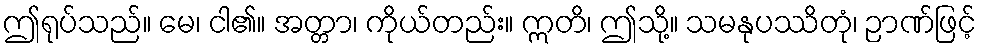
ဤရုပ်သည်။ မေ၊ ငါ၏။ အတ္တာ၊ ကိုယ်တည်း။ ဣတိ၊ ဤသို့။ သမနုပဿိတုံ၊ ဉာဏ်ဖြင့်